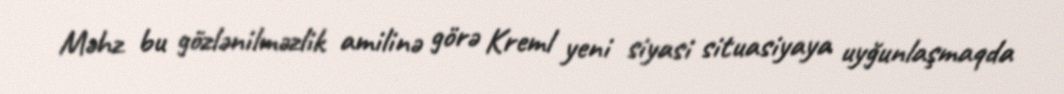
Məhz bu gözlənilməzlik amilinə görə Kreml yeni siyasi situasiyaya uyğunlaşmaqda